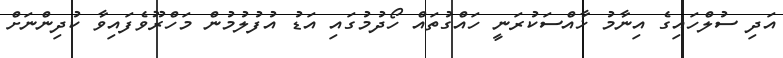
އަދި ސުލްހައިގެ އިނާމު ޚާއްސަކުރަނީ ހައްގުތައް ހޯދުމުގައި އަޑު އުފުލުމުން މަހްރޫވެފައިވާ ކުދިންނަށް